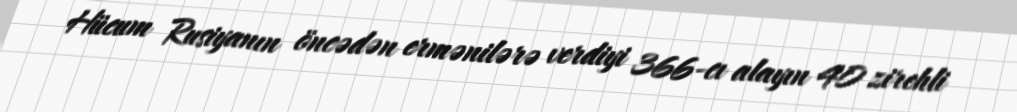
Hücum Rusiyanın öncədən ermənilərə verdiyi 366-cı alayın 40 zirehli